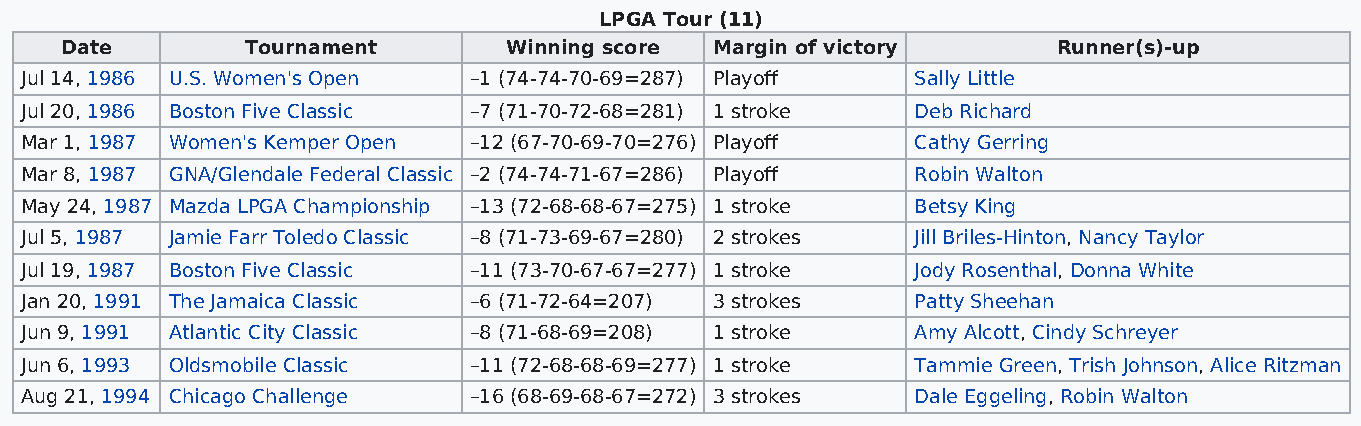
LPGA Tour (11)
 Date        Tournament       Winning score Margin of victory      Runner(s)-up
 Jul 14, 1986 U.S. Women's Open –1 (74-74-70-69=287) Playoff Sally Little
 Jul 20, 1986 Boston Five Classic –7 (71-70-72-68=281) 1 stroke Deb Richard
 Mar 1, 1987 Women's Kemper Open –12 (67-70-69-70=276) Playoff Cathy Gerring
 Mar 8, 1987 GNA/Glendale Federal Classic –2 (74-74-71-67=286) Playoff Robin Walton
 May 24, 1987 Mazda LPGA Championship –13 (72-68-68-67=275) 1 stroke Betsy King
 Jul 5, 1987 Jamie Farr Toledo Classic –8 (71-73-69-67=280) 2 strokes Jill Briles-Hinton, Nancy Taylor
 Jul 19, 1987 Boston Five Classic –11 (73-70-67-67=277) 1 stroke Jody Rosenthal, Donna White
 Jan 20, 1991 The Jamaica Classic –6 (71-72-64=207) 3 strokes Patty Sheehan
 Jun 9, 1991 Atlantic City Classic –8 (71-68-69=208) 1 stroke Amy Alcott, Cindy Schreyer
 Jun 6, 1993 Oldsmobile Classic –11 (72-68-68-69=277) 1 stroke Tammie Green, Trish Johnson, Alice Ritzman
 Aug 21, 1994 Chicago Challenge –16 (68-69-68-67=272) 3 strokes Dale Eggeling, Robin Walton